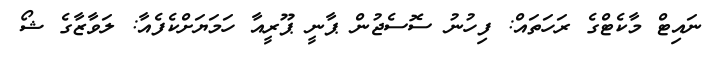
ނައިޓް މާކެޓްގެ ރަހަތައް: ފިހުނު ސޮސެޖުން ޕާނީ ޕޫރީއާ ހަމަޔަށްކެފެއާ: ލަވާޒާގެ ޝޯ